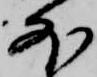
外